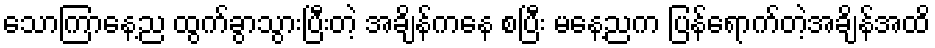
သောကြာနေ့ည ထွက်ခွာသွားပြီးတဲ့ အချိန်ကနေ စပြီး မနေ့ညက ပြန်ရောက်တဲ့အချိန်အထိ